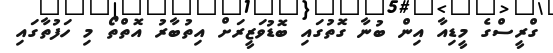
ގްރީސްގެ މީޑިއާ އިން ބުނާ ގޮތުގައި ބޮޑުވަޒީރަށް އިތުބާރު އޮތްތޯ މި ހަފުތާގައި